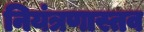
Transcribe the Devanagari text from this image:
नियंत्रणास्तव